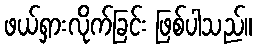
ဖယ်ရှားလိုက်ခြင်း ဖြစ်ပါသည်။